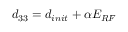
d _ { 3 3 } = d _ { i n i t } + \alpha E _ { R F }